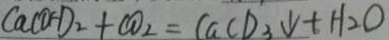
C a C O H D _ { 2 } + c o _ { 2 } = C a c o _ { 3 } \downarrow + H _ { 2 } O